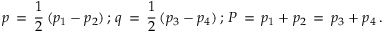
p \, = \, \frac { 1 } { 2 } \, ( p _ { 1 } - p _ { 2 } ) \, ; \, q \, = \, \frac { 1 } { 2 } \, ( p _ { 3 } - p _ { 4 } ) \, ; \, P \, = \, p _ { 1 } + p _ { 2 } \, = \, p _ { 3 } + p _ { 4 } \, .